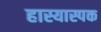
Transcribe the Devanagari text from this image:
हास्यास्पक